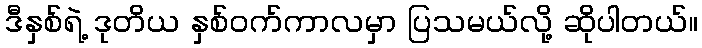
ဒီနှစ်ရဲ့ ဒုတိယ နှစ်ဝက်ကာလမှာ ပြသမယ်လို့ ဆိုပါတယ်။